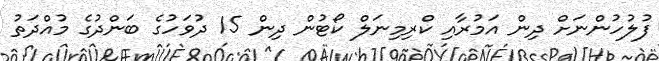
ފުލުހުންނަށް ދިން އަމުރާއި ކްރިމިނަލް ކޯޓުން ދިން 15 ދުވަހުގެ ބަންދުގެ މުއްދަތު